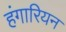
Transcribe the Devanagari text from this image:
हंगारियन